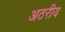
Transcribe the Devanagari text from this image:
अठरीय